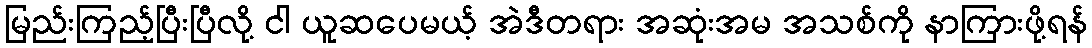
မြည်းကြည့်ပြီးပြီလို့ ငါ ယူဆပေမယ့် အဲဒီတရား အဆုံးအမ အသစ်ကို နာကြားဖို့ရန်